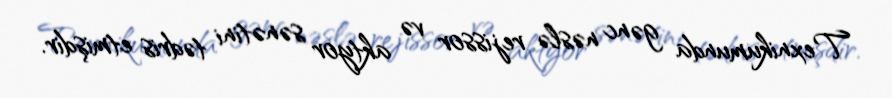
Texnikumunda gənc nəslə rejissor və aktyor sənətini tədris etmişdir.